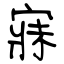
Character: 寐